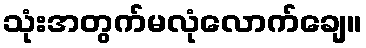
သုံးအတွက်မလုံလောက်ချေ။